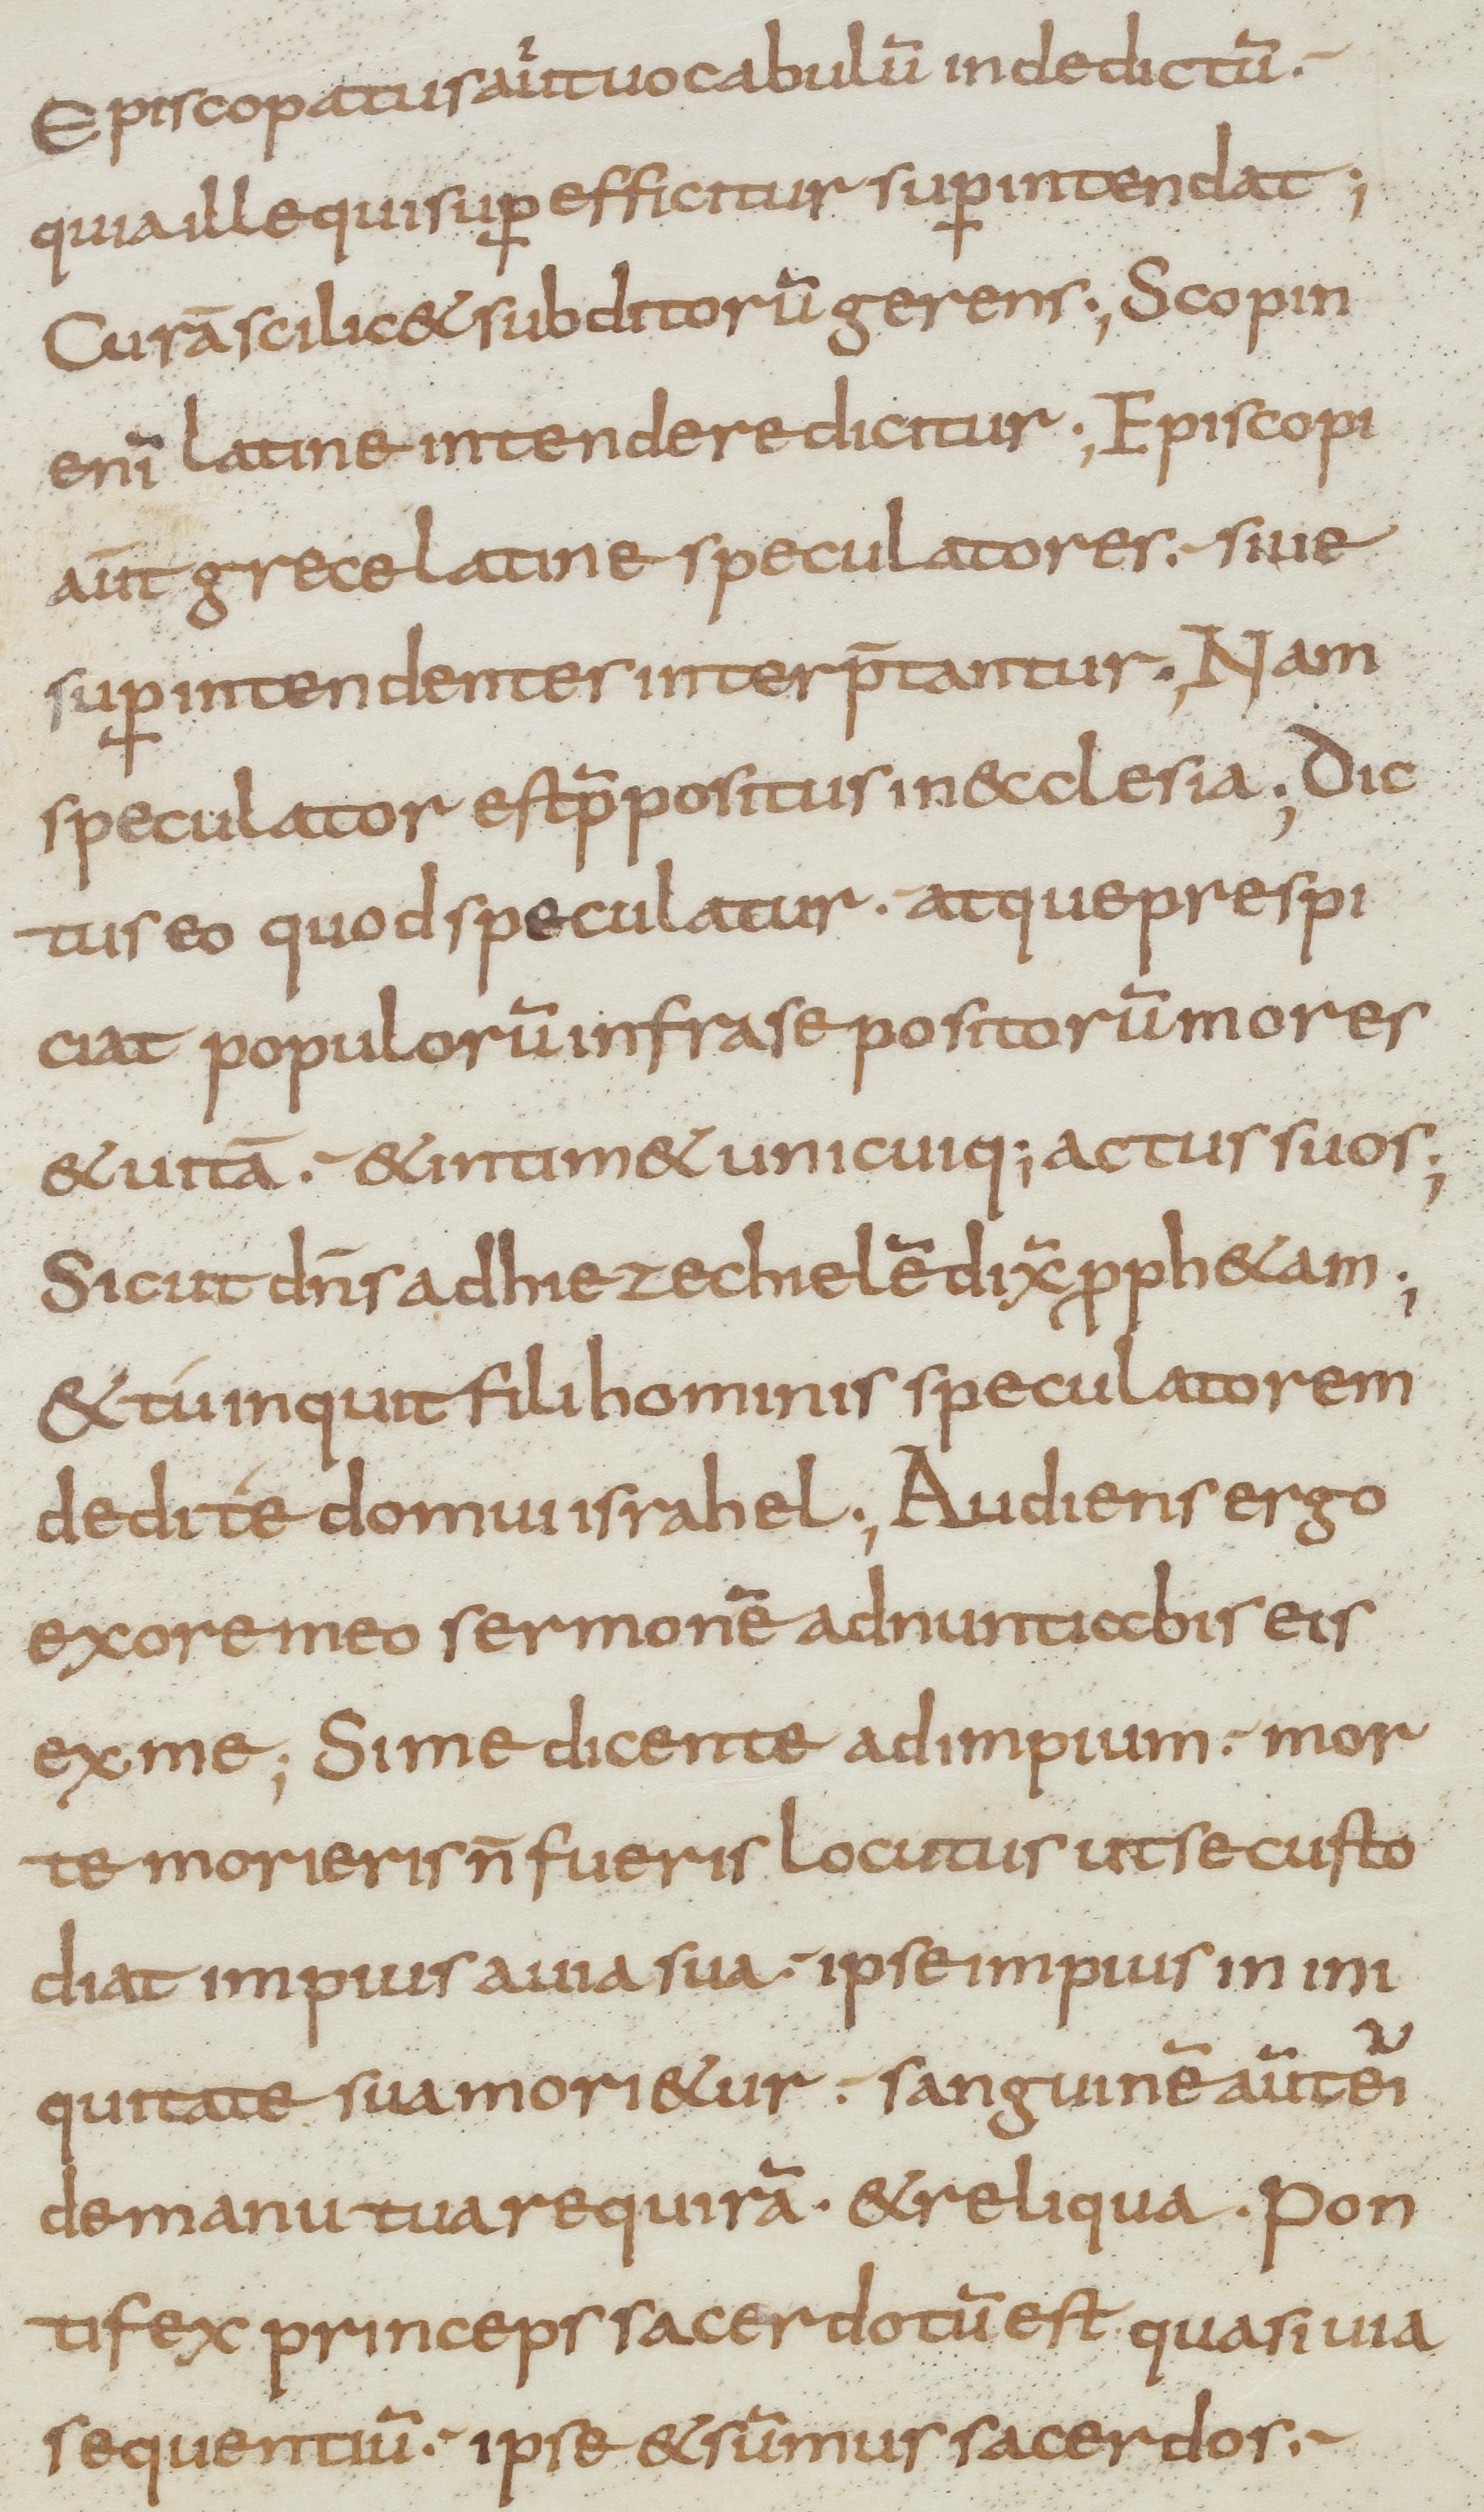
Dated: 800–899